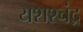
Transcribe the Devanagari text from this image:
यशश्चंद्र